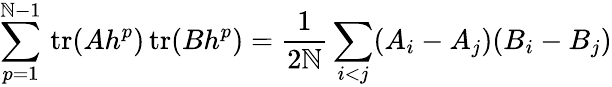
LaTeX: \sum_{p=1}^{\mathbb{N}-1}\mathrm{{\, tr}}(Ah^{p})\mathrm{{\, tr}}(Bh^{p})=\frac{{1}}{{2\mathbb{N}}}\sum_{i<j}(A_{i}-A_{j})(B_{i}-B_{j})